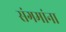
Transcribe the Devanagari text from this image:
संगमांना